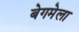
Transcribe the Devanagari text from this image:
बेगमेला